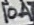
Text: 10A